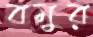
বমুর